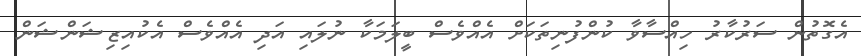
އެގޮތުން ސަރުކާރު ހިއްސާވާ ކުންފުނިތަކަށް އެއްވެސް ބީލަމަކާ ނުލައި އަދި އެއްވެސް އެކުއިޒިޝަންޝަން